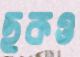
ছকও